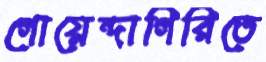
গোয়েন্দাগিরিতে